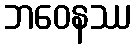
ဘဝေနဿ